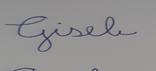
Signature authenticity: forged